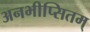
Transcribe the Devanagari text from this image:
अनभीप्सितम्